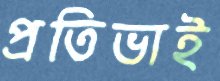
প্রতিভাই